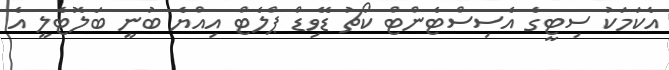
އެކަމަކު ސިޓީގެ އެސިސްޓެންޓް ކޯޗު ޑޭވިޑް ޕްލެޓް އިއްޔެ ބުނީ ބަލޮޓެލީ އެ